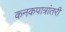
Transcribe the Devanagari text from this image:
कनकपात्रांतरी